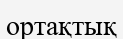
ортақтық